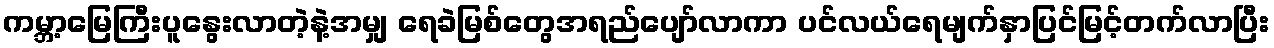
ကမ္ဘာ့မြေကြီးပူနွေးလာတဲ့နဲ့အမျှ ရေခဲမြစ်တွေအရည်ပျော်လာကာ ပင်လယ်ရေမျက်နှာပြင်မြင့်တက်လာပြီး